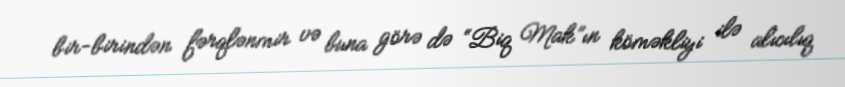
bir-birindən fərqlənmir və buna görə də “Biq Mak”ın köməkliyi ilə alıcılıq